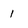
Character: 1